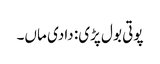
پوتی بول پڑی: دادی ماں۔